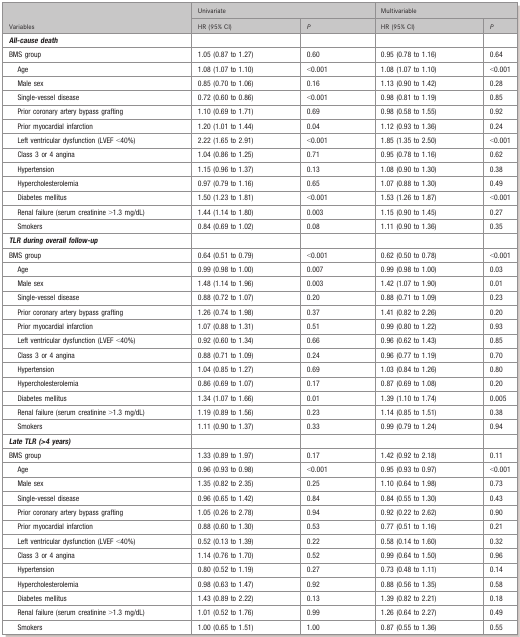
<table><thead><tr><td></td><td colspan="2"><b>Univariate</b></td><td colspan="2"><b>Multivariable</b></td></tr><tr><td><b>Variables</b></td><td><b>HR (95% CI)</b></td><td><b><i>P</i></b></td><td><b>HR (95% CI)</b></td><td><b><i>P</i></b></td></tr></thead><tbody><tr><td><b><i>All-cause death</i></b></td><td></td><td></td><td></td><td></td></tr><tr><td>BMS group</td><td>1.05 (0.87 to 1.27)</td><td>0.60</td><td>0.95 (0.78 to 1.16)</td><td>0.64</td></tr><tr><td> Age</td><td>1.08 (1.07 to 1.10)</td><td>&lt;0.001</td><td>1.08 (1.07 to 1.10)</td><td>&lt;0.001</td></tr><tr><td> Male sex</td><td>0.85 (0.70 to 1.06)</td><td>0.16</td><td>1.13 (0.90 to 1.42)</td><td>0.28</td></tr><tr><td> Single-vessel disease</td><td>0.72 (0.60 to 0.86)</td><td>&lt;0.001</td><td>0.98 (0.81 to 1.19)</td><td>0.85</td></tr><tr><td> Prior coronary artery bypass grafting</td><td>1.10 (0.69 to 1.71)</td><td>0.69</td><td>0.98 (0.58 to 1.55)</td><td>0.92</td></tr><tr><td> Prior myocardial infarction</td><td>1.20 (1.01 to 1.44)</td><td>0.04</td><td>1.12 (0.93 to 1.36)</td><td>0.24</td></tr><tr><td> Left ventricular dysfunction (LVEF &lt;40%)</td><td>2.22 (1.65 to 2.91)</td><td>&lt;0.001</td><td>1.85 (1.35 to 2.50)</td><td>&lt;0.001</td></tr><tr><td> Class 3 or 4 angina</td><td>1.04 (0.86 to 1.25)</td><td>0.71</td><td>0.95 (0.78 to 1.16)</td><td>0.62</td></tr><tr><td> Hypertension</td><td>1.15 (0.96 to 1.37)</td><td>0.13</td><td>1.08 (0.90 to 1.30)</td><td>0.38</td></tr><tr><td> Hypercholesterolemia</td><td>0.97 (0.79 to 1.16)</td><td>0.65</td><td>1.07 (0.88 to 1.30)</td><td>0.49</td></tr><tr><td> Diabetes mellitus</td><td>1.50 (1.23 to 1.81)</td><td>&lt;0.001</td><td>1.53 (1.26 to 1.87)</td><td>&lt;0.001</td></tr><tr><td> Renal failure (serum creatinine &gt;1.3 mg/dL)</td><td>1.44 (1.14 to 1.80)</td><td>0.003</td><td>1.15 (0.90 to 1.45)</td><td>0.27</td></tr><tr><td> Smokers</td><td>0.84 (0.69 to 1.02)</td><td>0.08</td><td>1.11 (0.90 to 1.36)</td><td>0.35</td></tr><tr><td><b><i>TLR during overall follow-up</i></b></td><td></td><td></td><td></td><td></td></tr><tr><td>BMS group</td><td>0.64 (0.51 to 0.79)</td><td>&lt;0.001</td><td>0.62 (0.50 to 0.78)</td><td>&lt;0.001</td></tr><tr><td> Age</td><td>0.99 (0.98 to 1.00)</td><td>0.007</td><td>0.99 (0.98 to 1.00)</td><td>0.03</td></tr><tr><td> Male sex</td><td>1.48 (1.14 to 1.96)</td><td>0.003</td><td>1.42 (1.07 to 1.90)</td><td>0.01</td></tr><tr><td> Single-vessel disease</td><td>0.88 (0.72 to 1.07)</td><td>0.20</td><td>0.88 (0.71 to 1.09)</td><td>0.23</td></tr><tr><td> Prior coronary artery bypass grafting</td><td>1.26 (0.74 to 1.98)</td><td>0.37</td><td>1.41 (0.82 to 2.26)</td><td>0.20</td></tr><tr><td> Prior myocardial infarction</td><td>1.07 (0.88 to 1.31)</td><td>0.51</td><td>0.99 (0.80 to 1.22)</td><td>0.93</td></tr><tr><td> Left ventricular dysfunction (LVEF &lt;40%)</td><td>0.92 (0.60 to 1.34)</td><td>0.66</td><td>0.96 (0.62 to 1.43)</td><td>0.85</td></tr><tr><td> Class 3 or 4 angina</td><td>0.88 (0.71 to 1.09)</td><td>0.24</td><td>0.96 (0.77 to 1.19)</td><td>0.70</td></tr><tr><td> Hypertension</td><td>1.04 (0.85 to 1.27)</td><td>0.69</td><td>1.03 (0.84 to 1.26)</td><td>0.80</td></tr><tr><td> Hypercholesterolemia</td><td>0.86 (0.69 to 1.07)</td><td>0.17</td><td>0.87 (0.69 to 1.08)</td><td>0.20</td></tr><tr><td> Diabetes mellitus</td><td>1.34 (1.07 to 1.66)</td><td>0.01</td><td>1.39 (1.10 to 1.74)</td><td>0.005</td></tr><tr><td> Renal failure (serum creatinine &gt;1.3 mg/dL)</td><td>1.19 (0.89 to 1.56)</td><td>0.23</td><td>1.14 (0.85 to 1.51)</td><td>0.38</td></tr><tr><td> Smokers</td><td>1.11 (0.90 to 1.37)</td><td>0.33</td><td>0.99 (0.79 to 1.24)</td><td>0.94</td></tr><tr><td><b><i>Late TLR (&gt;4 years)</i></b></td><td></td><td></td><td></td><td></td></tr><tr><td>BMS group</td><td>1.33 (0.89 to 1.97)</td><td>0.17</td><td>1.42 (0.92 to 2.18)</td><td>0.11</td></tr><tr><td> Age</td><td>0.96 (0.93 to 0.98)</td><td>&lt;0.001</td><td>0.95 (0.93 to 0.97)</td><td>&lt;0.001</td></tr><tr><td> Male sex</td><td>1.35 (0.82 to 2.35)</td><td>0.25</td><td>1.10 (0.64 to 1.98)</td><td>0.73</td></tr><tr><td> Single-vessel disease</td><td>0.96 (0.65 to 1.42)</td><td>0.84</td><td>0.84 (0.55 to 1.30)</td><td>0.43</td></tr><tr><td> Prior coronary artery bypass grafting</td><td>1.05 (0.26 to 2.78)</td><td>0.94</td><td>0.92 (0.22 to 2.62)</td><td>0.90</td></tr><tr><td> Prior myocardial infarction</td><td>0.88 (0.60 to 1.30)</td><td>0.53</td><td>0.77 (0.51 to 1.16)</td><td>0.21</td></tr><tr><td> Left ventricular dysfunction (LVEF &lt;40%)</td><td>0.52 (0.13 to 1.39)</td><td>0.22</td><td>0.58 (0.14 to 1.60)</td><td>0.32</td></tr><tr><td> Class 3 or 4 angina</td><td>1.14 (0.76 to 1.70)</td><td>0.52</td><td>0.99 (0.64 to 1.50)</td><td>0.96</td></tr><tr><td> Hypertension</td><td>0.80 (0.52 to 1.19)</td><td>0.27</td><td>0.73 (0.48 to 1.11)</td><td>0.14</td></tr><tr><td> Hypercholesterolemia</td><td>0.98 (0.63 to 1.47)</td><td>0.92</td><td>0.88 (0.56 to 1.35)</td><td>0.58</td></tr><tr><td> Diabetes mellitus</td><td>1.43 (0.89 to 2.22)</td><td>0.13</td><td>1.39 (0.82 to 2.21)</td><td>0.18</td></tr><tr><td> Renal failure (serum creatinine &gt;1.3 mg/dL)</td><td>1.01 (0.52 to 1.76)</td><td>0.99</td><td>1.26 (0.64 to 2.27)</td><td>0.49</td></tr><tr><td> Smokers</td><td>1.00 (0.65 to 1.51)</td><td>1.00</td><td>0.87 (0.55 to 1.36)</td><td>0.55</td></tr></tbody></table>